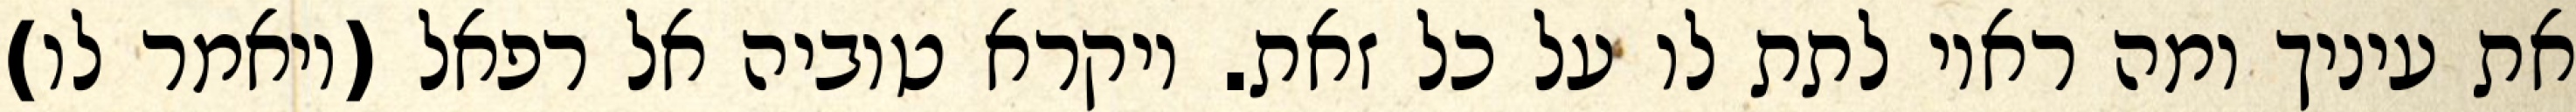
את עיניך ומה ראוי לתת לו על כל זאת. ויקרא טוביה אל רפאל (ויאמר לו)